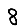
Digit: 8